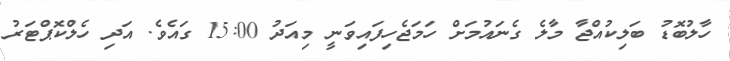
ހާލުބޮޑު ބަލިކުއްޖާ މާލެ ގެނައުމަށް ހަމަޖެހިފައިވަނީ މިއަދު 15:00 ގައެވެ. އަދި ހެލްކޮޕްޓަރު